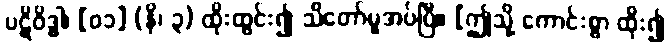
ပဋိဝိဒ္ဓါ၊ [၀၁] (နိ၊ ၃) ထိုးထွင်း၍ သိတော်မူအပ်ပြီ။ [ဤသို့ ကောင်းစွာ ထိုး၍